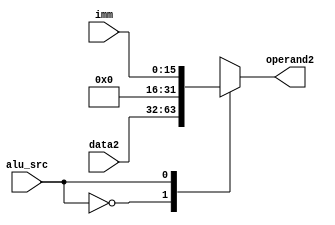
module ALU_mux(alu_src, data2, imm, operand2);

//INPUT and OUTPUT
input alu_src;
input [31:0]data2;
input [15:0]imm;
output reg [31:0]operand2;

always@(*)
begin 
  case (alu_src)
    0: operand2 = data2;
    1: operand2 = imm;
  endcase
end
endmodule // alu_mux